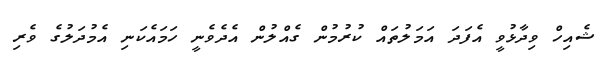
ޝެއިހް ވިދާޅުވީ އެފަދަ އަމަލުތައް ކުރުމުން ގެއްލުން އެދެވެނީ ހަމައެކަނި އެމުދަލުގެ ވެރި